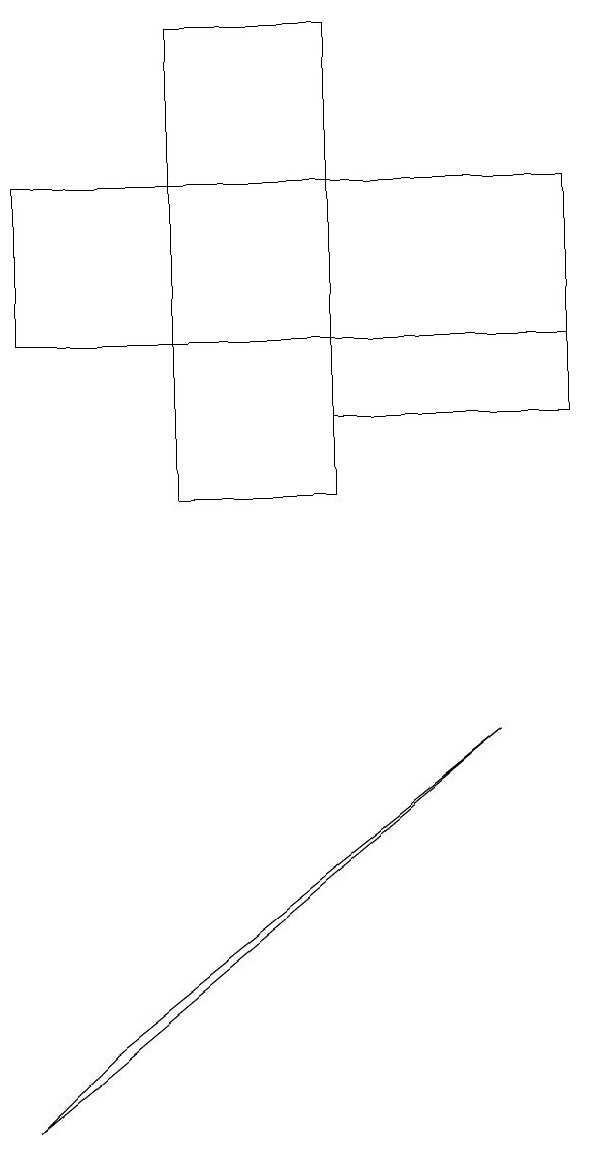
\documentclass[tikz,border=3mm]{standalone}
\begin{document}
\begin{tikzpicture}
\draw (1,4) -- (2,5) -- (7,9) -- cycle;
\draw (8,14) rectangle (1,16);
\draw (8,13) rectangle (5,16);
\draw (5,12) rectangle (3,18);
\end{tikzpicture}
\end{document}